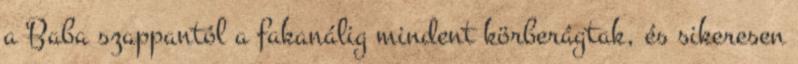
a Baba szappantól a fakanálig mindent körberágtak, és sikeresen